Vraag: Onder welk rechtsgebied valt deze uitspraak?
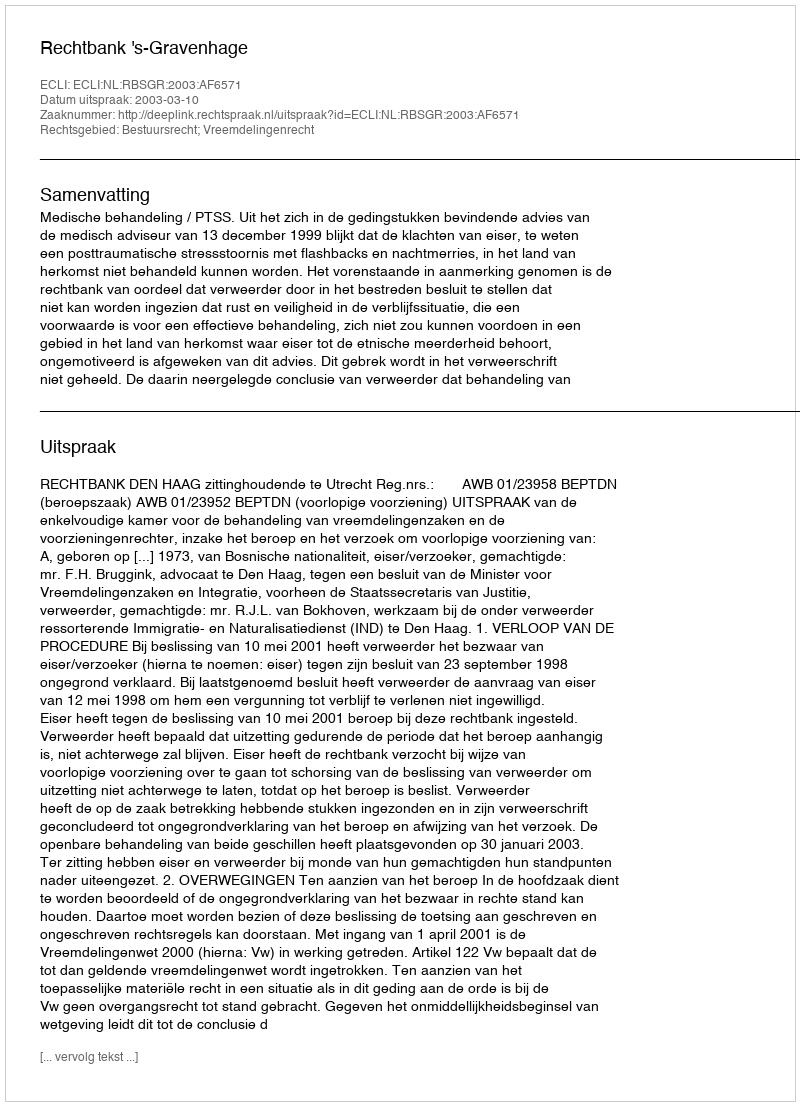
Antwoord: Bestuursrecht; Vreemdelingenrecht